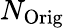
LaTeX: N_{\mathrm{Orig}}